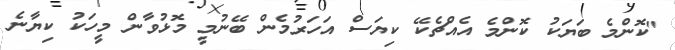
"ކޮންމެ ބަޔަކު ކޮންމެ އެއްޗެކޭ ކިޔަސް އަހަރުމެން ބޭނުމީ މޮޅުވާން މީހަކު ކިޔާނެ